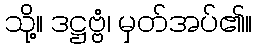
သို့။ ဒဋ္ဌဗ္ဗံ၊ မှတ်အပ်၏။